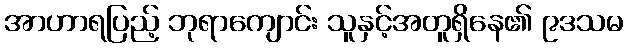
အာဟာရပြည့် ဘုရာကျောင်း သူနှင့်အတူရှိနေ၏ ၉ဒသမ